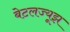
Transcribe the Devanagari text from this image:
बेटलज्यूझ